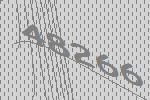
48266